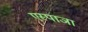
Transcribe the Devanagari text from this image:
एस्पाञा